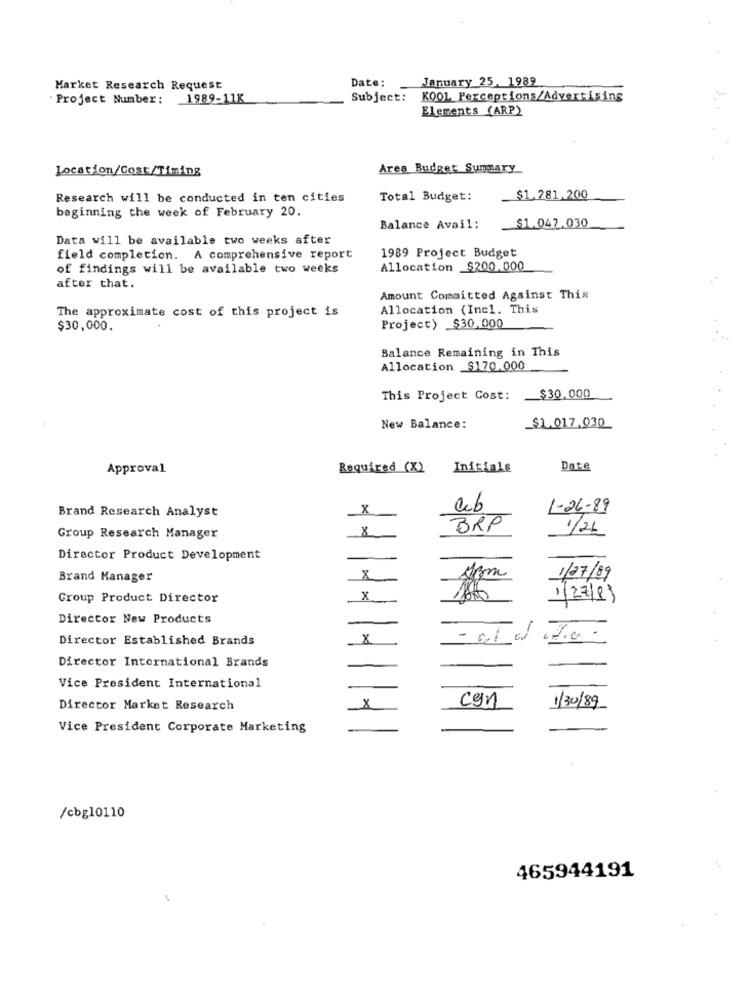
Date:
January 25. 1989
Market Research Request
Project Number:
1989-11K
Subject: KOOL Perceptions/Advertising
Elements (ARP)
Location/Cost/Timing
Area Budget Summary
Research will be conducted in ten cities
Total Budget:
$1.281.200
beginning the week of February 20.
$1.047.030
Balance Avail:
Data will be available two weeks after
field completion. A comprehensive report
1989 Project Budget
of findings will be available two weeks
Allocation $200.000
after that.
Amount Committed Against This
Allocation (Incl. This
The approximate cost of this project is
$30,000.
Project) $30,000
Balance Remaining in This
Allocation $170.000
This Project Cost:
$30.000
_$1.017.030
New Balance:
Approval
Required (X) Initials
Date
X
1-26-89
Brand Research Analyst
X
BRP
1/26
Group Research Manager
Director Product Development
Brand Manager
8
1/27/09
Group Product Director
1/27/8)
Director New Products
Director Established Brands
X
Director International Brands
Vice President International
can
Director Market Research
1/30/89
Vice President Corporate Marketing
/cbg10110
465944191